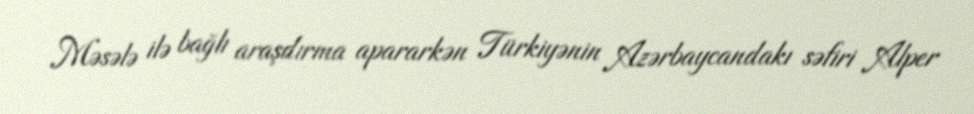
Məsələ ilə bağlı araşdırma apararkən Türkiyənin Azərbaycandakı səfiri Alper